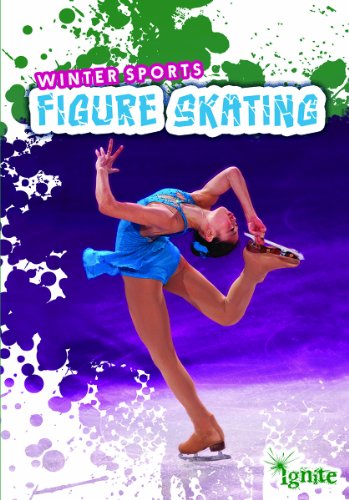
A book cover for Figure Skating (Winter Sports); Claire Throp; Sports & Outdoors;